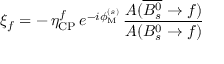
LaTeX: \xi _ { f } = - \, \eta _ { \mathrm { C P } } ^ { f } \, e ^ { - i \phi _ { \mathrm { M } } ^ { ( s ) } } \, \frac { A ( \overline { { { B _ { s } ^ { 0 } } } } \to f ) } { A ( B _ { s } ^ { 0 } \to f ) }